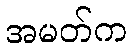
အမတ်က